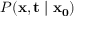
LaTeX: P ( \mathbf { x } , \mathbf { t } \mid \mathbf { x _ { 0 } } )